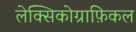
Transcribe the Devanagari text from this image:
लेक्सिकोग्राफ़िकल